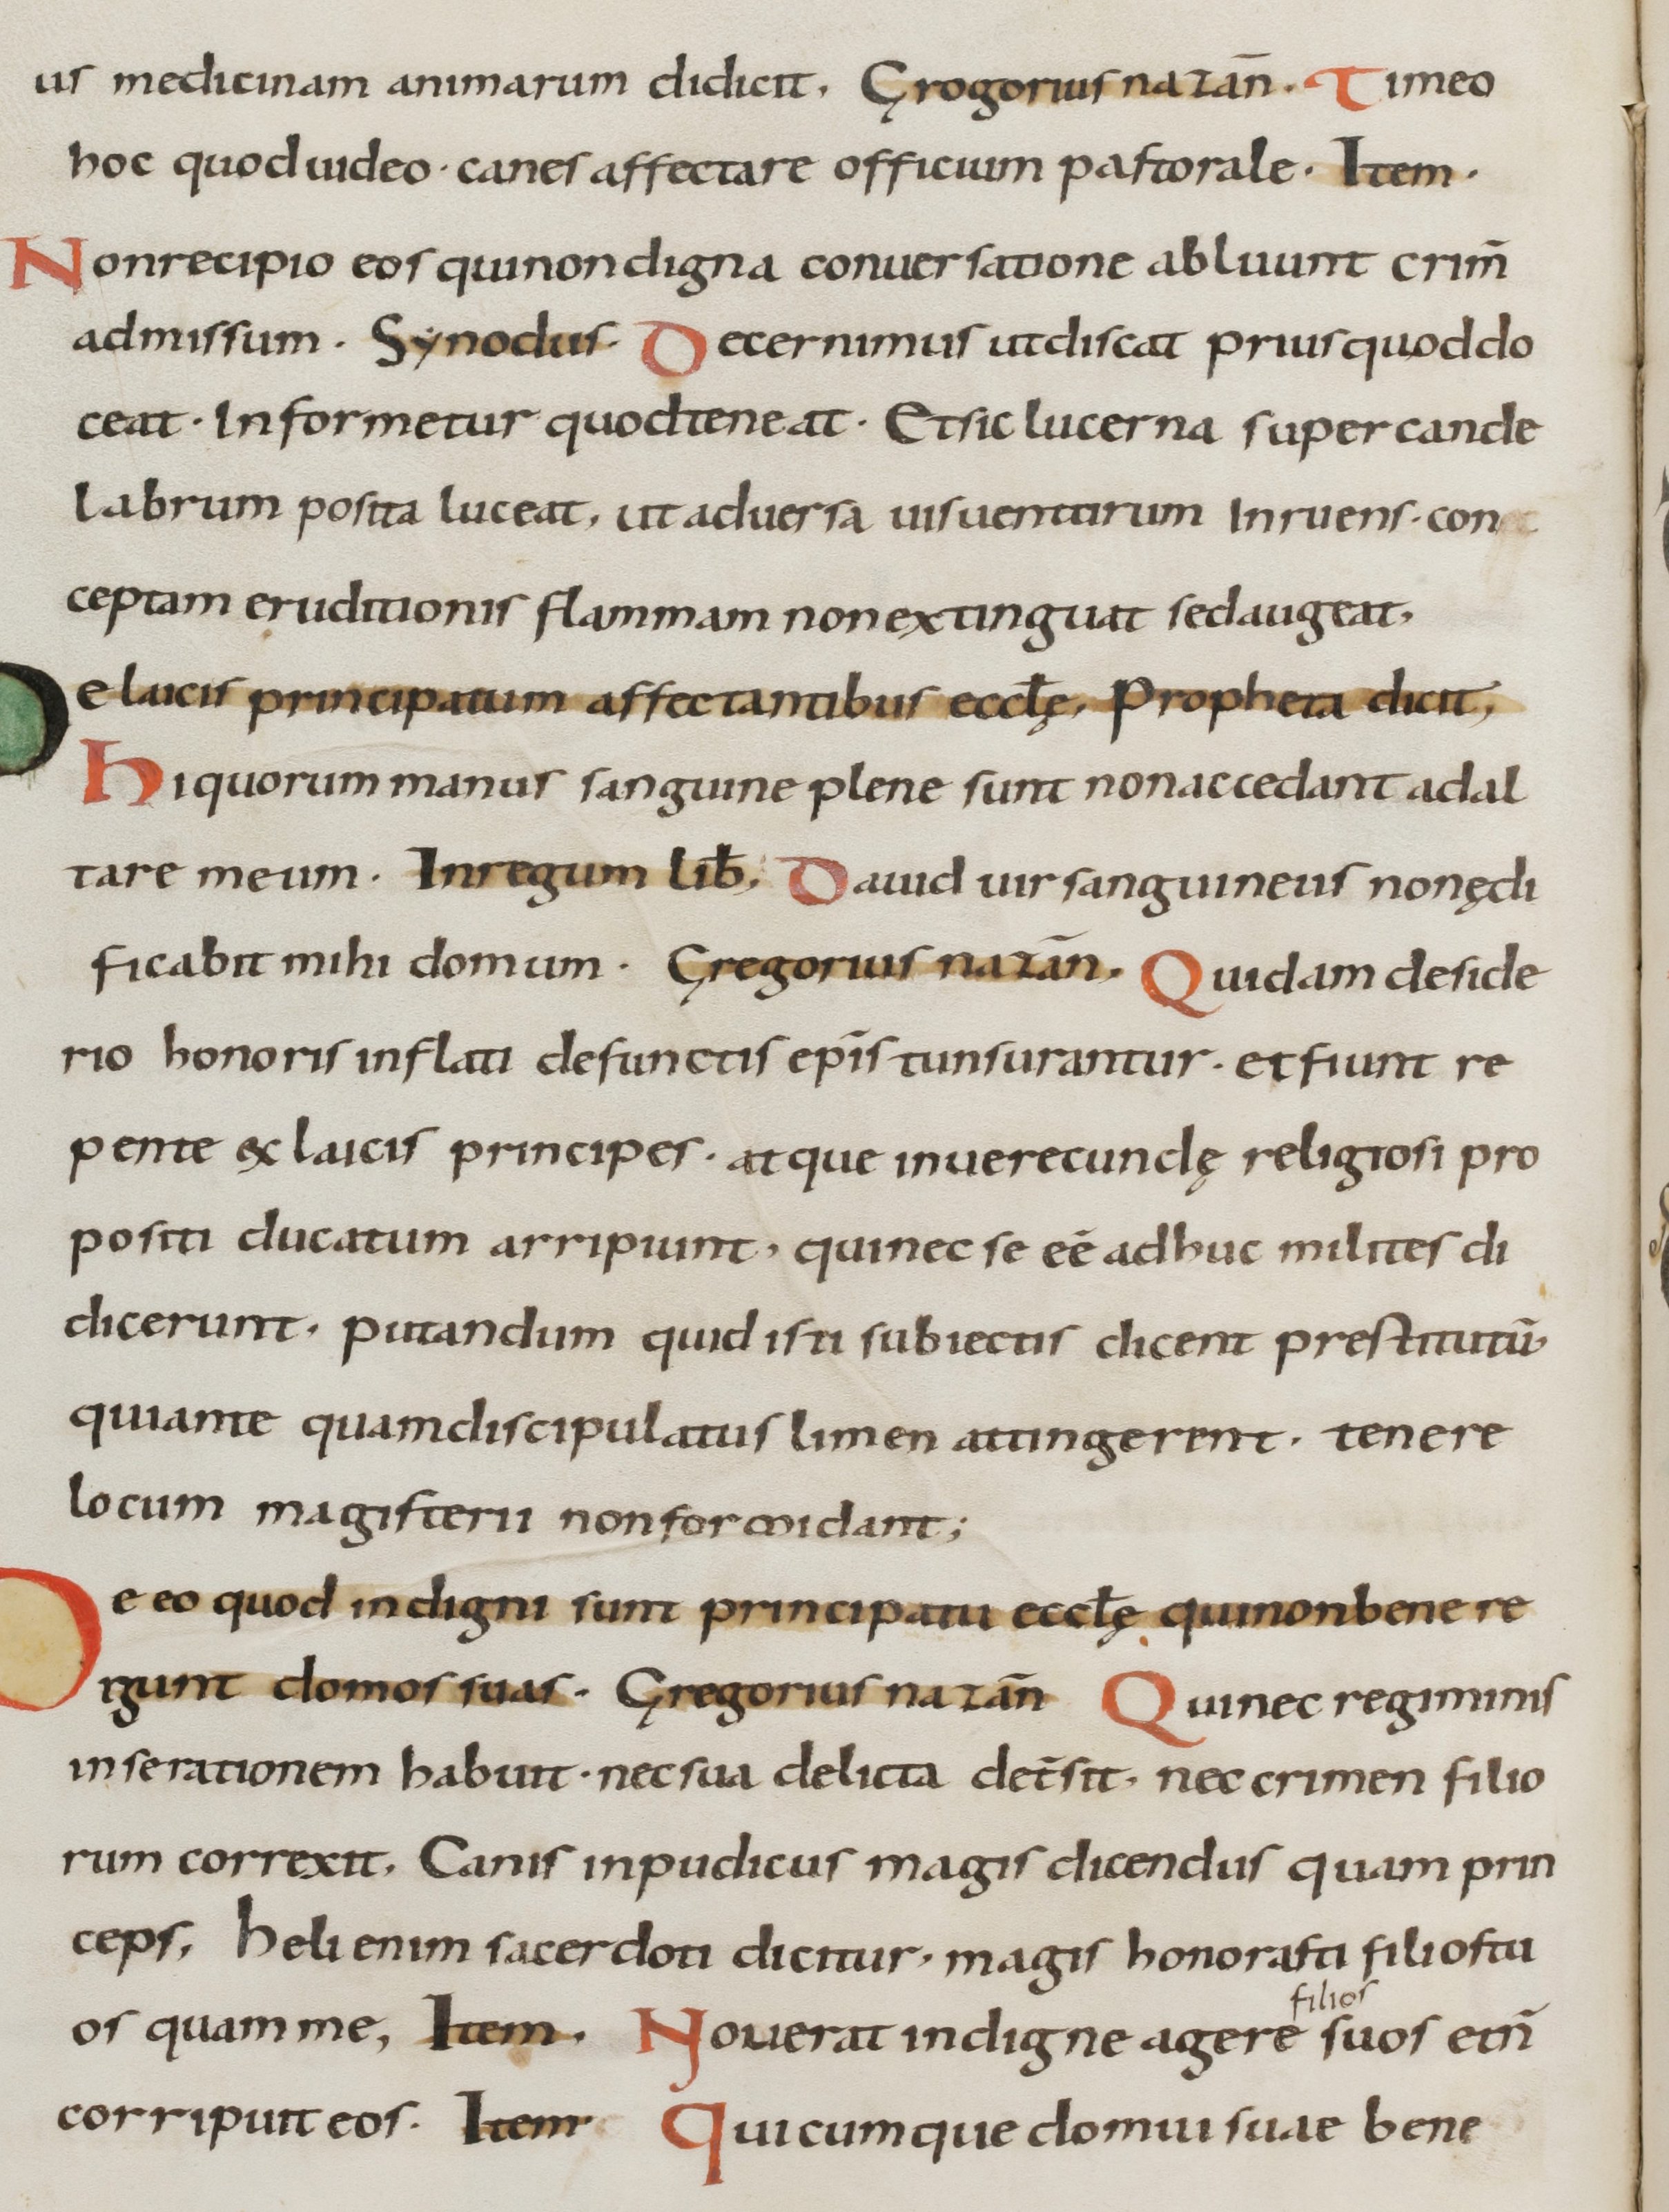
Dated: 800–899